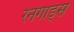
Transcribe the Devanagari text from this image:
रेनेगाड्स